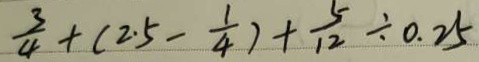
\frac { 3 } { 4 } + ( 2 . 5 - \frac { 1 } { 4 } ) + \frac { 5 } { 1 2 } \div 0 . 2 5